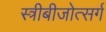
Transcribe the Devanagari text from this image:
स्त्रीबीजोत्सर्ग